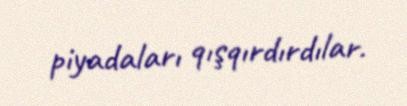
piyadaları qışqırdırdılar.